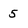
Character: 5